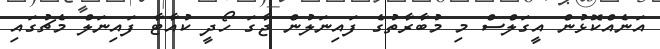
އަނެއްކޮޅުން އީގަލްސް މި މުބާރާތުގެ ފައިނަލުން ޖާގަ ހޯދީ ކުއާޓާ ފައިނަލް މެޗުގައި